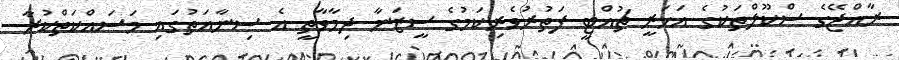
ރާއްޖޭގެ ސްކޫލްތަކުގެ އަހަރީ ޗުއްޓީ ފަތުރުވެރިކަމުގެ ސީޒަނާ ދިމާވާތީ އެ ސިނާއަތުގައި މަސައްކަތްކުރާ